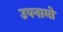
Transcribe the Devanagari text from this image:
उपनामो